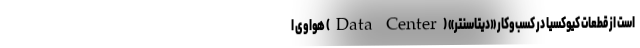
است از قطعات کیوکسیا در کسب‌وکار «دیتاسنتر» (Data Center) هواوی ا